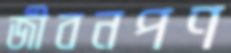
জীবনপণ